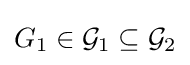
G_{1}\in {\mathcal {G}}_{1}\subseteq {\mathcal {G}}_{2}